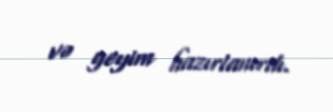
və geyim hazırlanırdı.